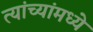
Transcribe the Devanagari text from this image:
त्यांच्यांमध्ये